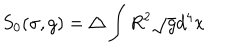
S _ { 0 } ( \sigma , g ) = \triangle \int R ^ { 2 } \sqrt { g } d ^ { 4 } x